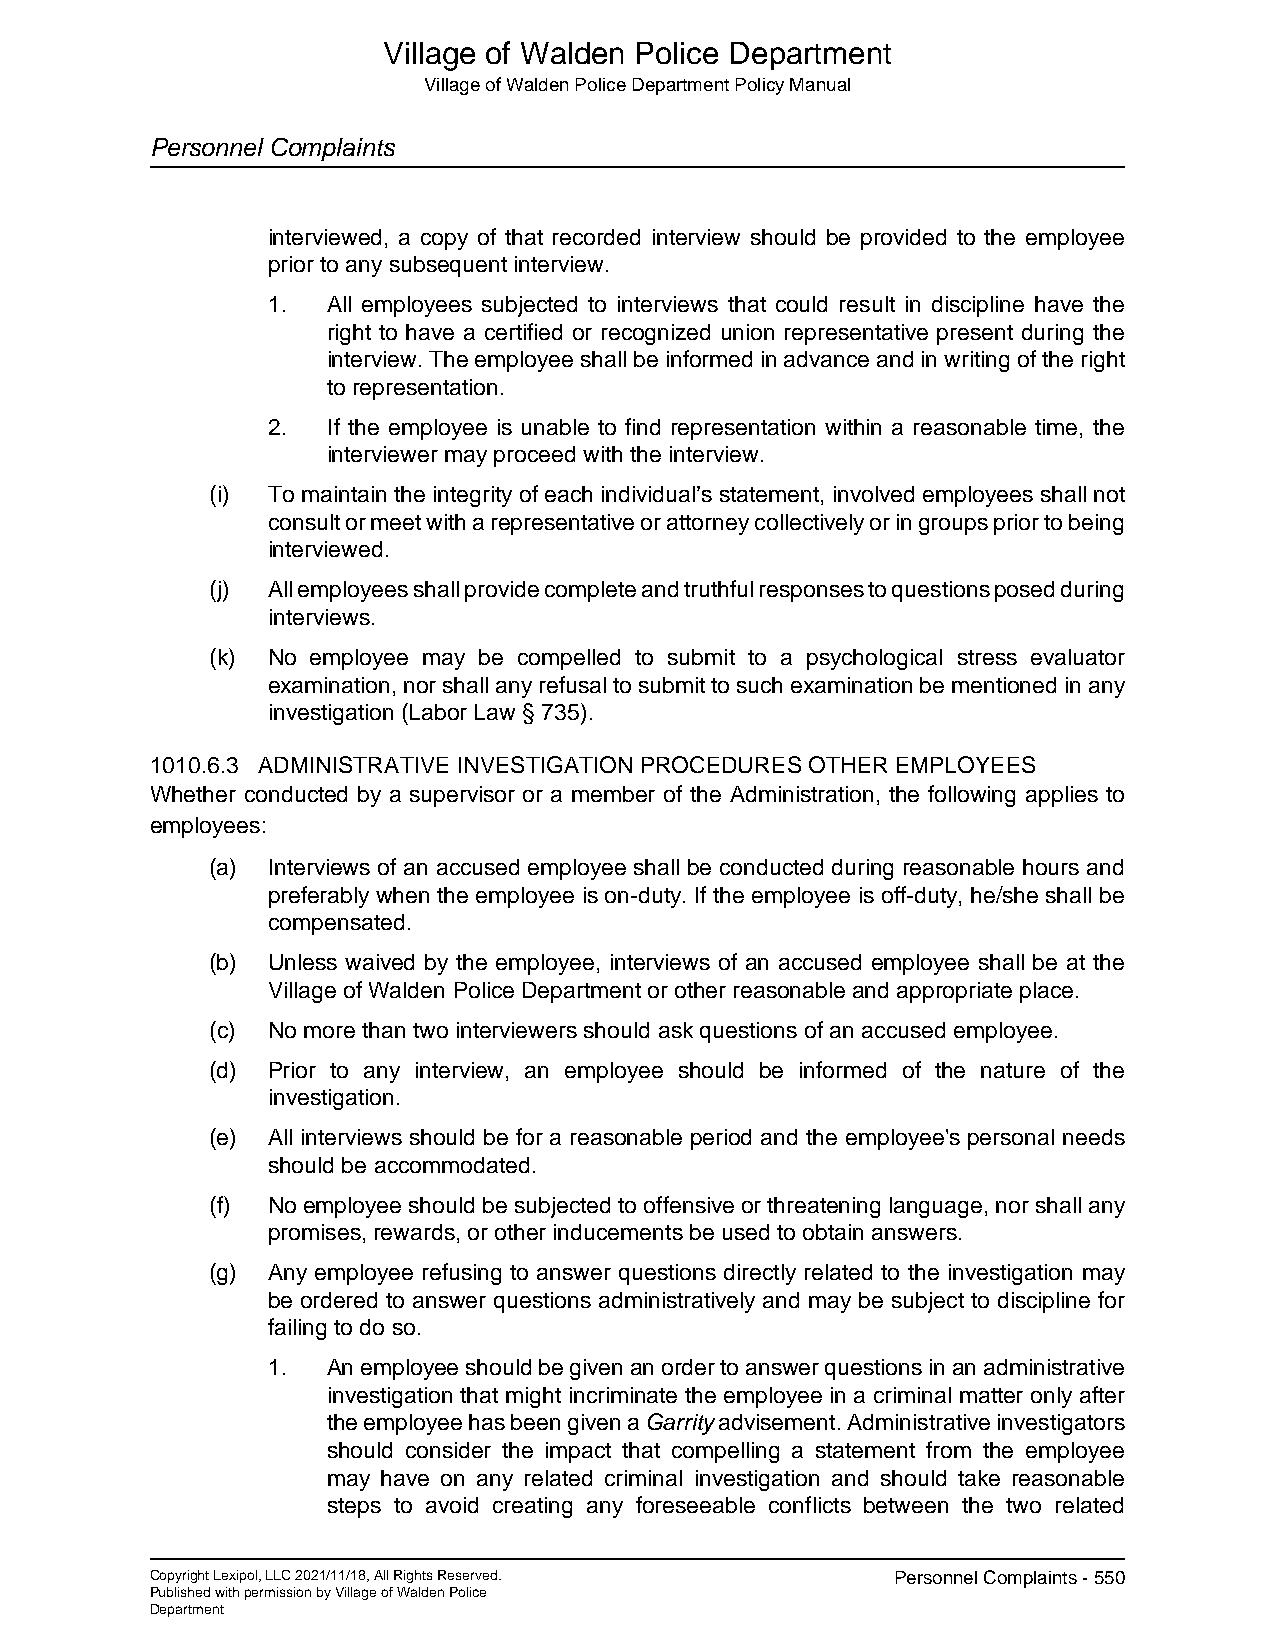
Village of Walden Police Department
 Village of Walden Police Department Policy Manual
 Personnel Complaints
 interviewed, a copy of that recorded interview should be provided to the employee
 prior to any subsequent interview.
 1.  All employees subjected to interviews that could result in discipline have the
 right to have a certified or recognized union representative present during the
 interview. The employee shall be informed in advance and in writing of the right
 to representation.
 2.  If the employee is unable to find representation within a reasonable time, the
 interviewer may proceed with the interview.
 (i) To maintain the integrity of each individual’s statement, involved employees shall not
 consult or meet with a representative or attorney collectively or in groups prior to being
 interviewed.
 (j) All employees shall provide complete and truthful responses to questions posed during
 interviews.
 (k) No employee may be compelled to submit to a psychological stress evaluator
 examination, nor shall any refusal to submit to such examination be mentioned in any
 investigation (Labor Law § 735).
 1010.6.3 ADMINISTRATIVE INVESTIGATION PROCEDURES OTHER EMPLOYEES
 Whether conducted by a supervisor or a member of the Administration, the following applies to
 employees:
 (a) Interviews of an accused employee shall be conducted during reasonable hours and
 preferably when the employee is on-duty. If the employee is off-duty, he/she shall be
 compensated.
 (b) Unless waived by the employee, interviews of an accused employee shall be at the
 Village of Walden Police Department or other reasonable and appropriate place.
 (c) No more than two interviewers should ask questions of an accused employee.
 (d) Prior to any interview, an employee should be informed of the nature of the
 investigation.
 (e) All interviews should be for a reasonable period and the employee's personal needs
 should be accommodated.
 (f) No employee should be subjected to offensive or threatening language, nor shall any
 promises, rewards, or other inducements be used to obtain answers.
 (g) Any employee refusing to answer questions directly related to the investigation may
 be ordered to answer questions administratively and may be subject to discipline for
 failing to do so.
 1.  An employee should be given an order to answer questions in an administrative
 investigation that might incriminate the employee in a criminal matter only after
 the employee has been given a Garrity advisement. Administrative investigators
 should consider the impact that compelling a statement from the employee
 may have on any related criminal investigation and should take reasonable
 steps to avoid creating any foreseeable conflicts between the two related
 Copyright Lexipol, LLC 2021/11/18, All Rights Reserved. Personnel Complaints - 550
 Published with permission by Village of Walden Police
 Department